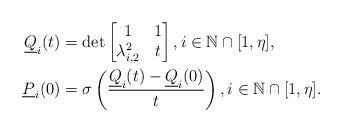
LaTeX: \begin{align*}\underline{Q}_{i}(t) &= \det\begin{bmatrix}1 & 1\\\lambda_{i,2}^{2} & t\end{bmatrix}, i\in\mathbb{N}\cap[1,\eta],\\\underline{P}_{i}(0) &= \sigma\left(\frac{\underline{Q}_{i}(t)-\underline{Q}_{i}(0)}{t}\right),i\in\mathbb{N}\cap[1,\eta].\end{align*}